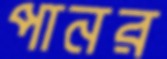
পানর